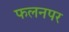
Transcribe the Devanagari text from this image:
फलनपर